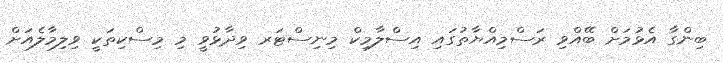
ބިންގާ އެޅުމަށް ބޭއްވި ރަސްމިއްޔާތުގައި އިސްލާމިކް މިނިސްޓަރ ވިދާޅުވީ މި މިސްކިތަކީ ވިލިމާލެއަށް